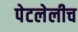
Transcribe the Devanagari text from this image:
पेटलेलीच